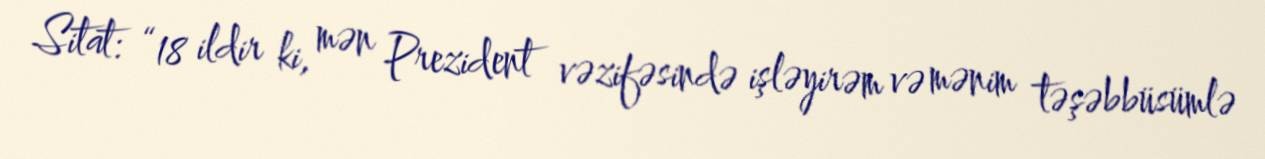
Sitat: “18 ildir ki, mən Prezident vəzifəsində işləyirəm və mənim təşəbbüsümlə